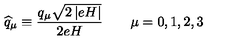
\widehat { q } _ { \mu } \equiv \frac { q _ { \mu } \sqrt { 2 \left| e H \right| } } { 2 e H } \qquad \mu = 0 , 1 , 2 , 3